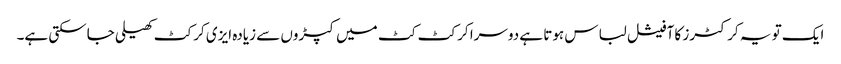
ایک تو یہ کرکٹرز کا آفیشل لباس ہوتا ہے دوسرا کرکٹ کٹ میں کپڑوں سے زیادہ ایزی کرکٹ کھیلی جاسکتی ہے۔